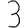
Digit: 3